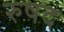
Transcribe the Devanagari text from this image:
रुषद